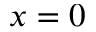
x = 0